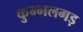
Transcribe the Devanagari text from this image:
कुम्भलगड़